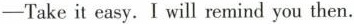
-Takeit easy. I will remind you then.